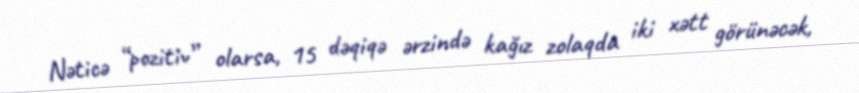
Nəticə “pozitiv” olarsa, 15 dəqiqə ərzində kağız zolaqda iki xətt görünəcək,